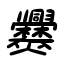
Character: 爨